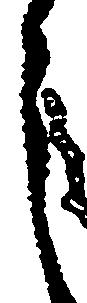
之